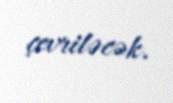
çevriləcək.